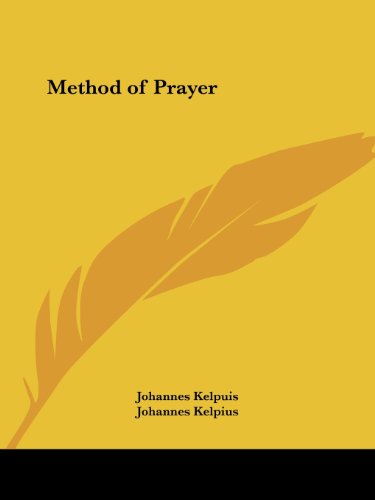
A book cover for Method of Prayer; Johannes Kelpuis; Religion & Spirituality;